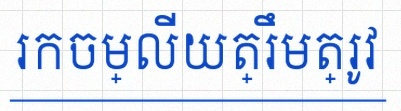
រកចម្លើយត្រឹមត្រូវ